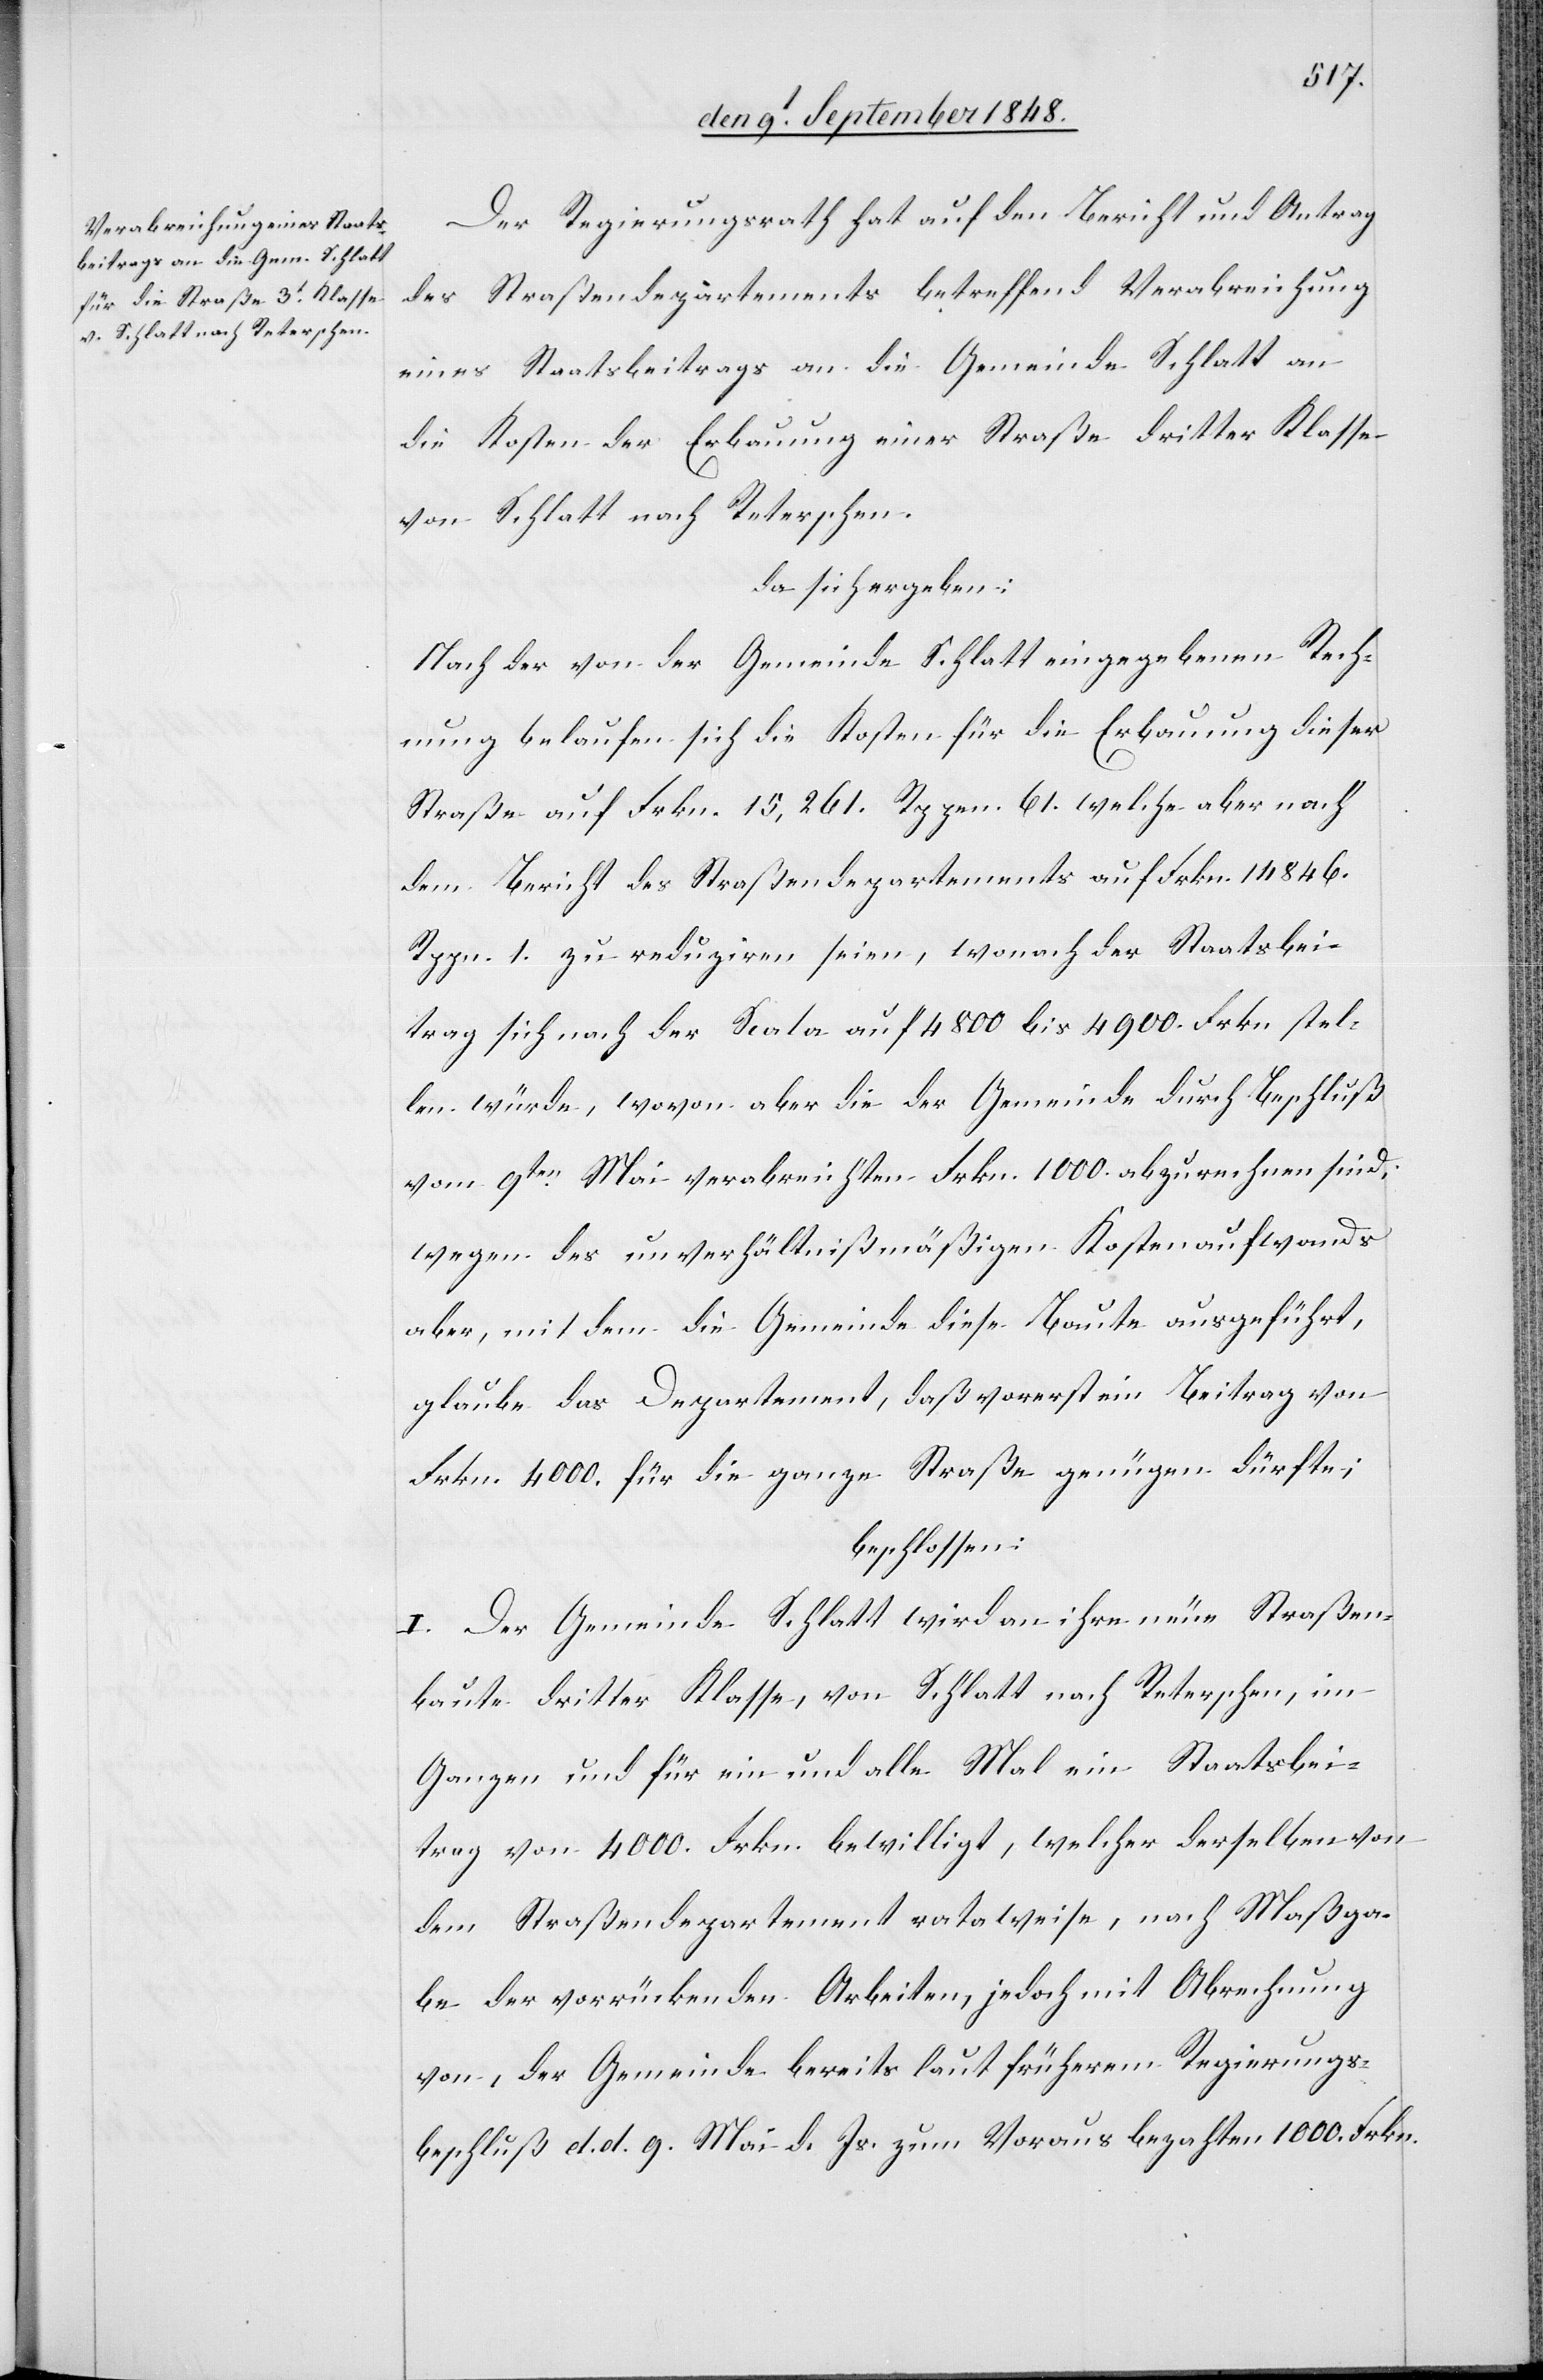
Der Regierungsrath hat auf den Bericht und Antrag
des Straßendepartements betreffend Verabreichung
eines Staatsbeitrags an die Gemeinde Schlatt an
die Kosten der Erbauung einer Straße dritter Klasse
von Schlatt nach Reterschen.
da sich ergeben:
Nach der von der Gemeinde Schlatt eingegebenen Rech¬
nung belaufen sich die Kosten für die Erbauung dieser
Straße auf Frkn. 15,261. Rppen. 61. welche aber nach
dem Bericht des Straßendepartements auf Frkn. 14846.
Rppn. 1. zu reduziren seien, wonach der Staatsbei¬
trag sich nach der Scala auf 4800. bis 4900. Frkn. stel¬
len würde, wovon aber die der Gemeinde durch Beschluß
vom 9ten Mai verabreichten Frkn. 1000. abzurechnen sind;
wegen des unverhältnißmäßigen Kostenaufwands
aber, mit dem die Gemeinde diese Baute ausgeführt,
glaube das Departement, daß vorerst ein Beitrag von
Frkn. 4000. für die ganze Straße genügen dürfte;
beschlossen:
I. Der Gemeinde Schlatt wird an ihre neue Straßen¬
baute dritter Klasse, von Schlatt nach Reterschen, im
Ganzen und für ein und alle Mal ein Staatsbei¬
trag von 4000. Frkn. bewilligt, welcher derselbe von
dem Straßendepartement rataweise, nach Maßga¬
be der vorrückenden Arbeiten, jedoch mit Abrechnung
von, der Gemeinde bereits laut früherem Regierungs¬
beschluß d. d. 9. Mai d. Js. zum Voraus bezahlten 1000. Frkn.